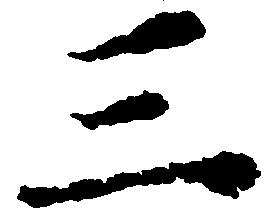
三